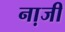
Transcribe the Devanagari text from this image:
ना़जी